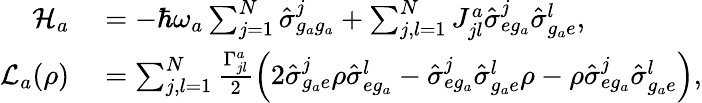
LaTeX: \begin{array}{rl}{\mathcal{H}_{a}}&{{}=-\hbar\omega_{a}\sum_{j=1}^{N}\hat{\sigma}_{g_{a}g_{a}}^{j}+\sum_{j,l=1}^{N}J_{jl}^{a}\hat{\sigma}_{eg_{a}}^{j}\hat{\sigma}_{g_{a}e}^{l},}\\ {\mathcal{L}_{a}(\rho)}&{{}=\sum_{j,l=1}^{N}\frac{\Gamma_{jl}^{a}}{2}\left(2\hat{\sigma}_{g_{a}e}^{j}\rho\hat{\sigma}_{eg_{a}}^{l}-\hat{\sigma}_{eg_{a}}^{j}\hat{\sigma}_{g_{a}e}^{l}\rho-\rho\hat{\sigma}_{eg_{a}}^{j}\hat{\sigma}_{g_{a}e}^{l}\right),}\end{array}